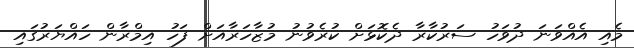
މެއި އެއްވަނަ ދުވަހު ސަރުކާރާ ދެކޮޅަށް ކުރެވުނު މުޒާހަރާއަށް ފަހު އިމްރާން ހައްޔަރުގައި